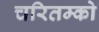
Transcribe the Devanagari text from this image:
चरितम्को